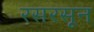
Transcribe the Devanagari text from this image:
रसरसून